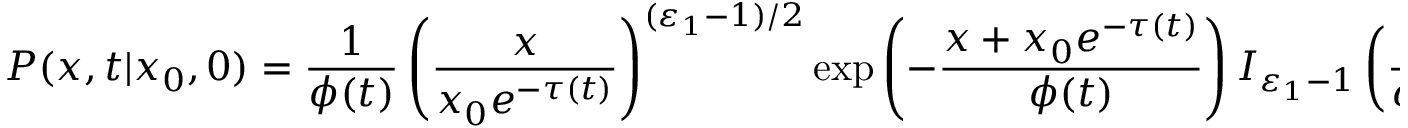
P ( x , t | x _ { 0 } , 0 ) = \frac { 1 } { \phi ( t ) } \left( \frac { x } { x _ { 0 } e ^ { - \tau ( t ) } } \right) ^ { ( \varepsilon _ { 1 } - 1 ) / 2 } \exp \left( - \frac { x + x _ { 0 } e ^ { - \tau ( t ) } } { \phi ( t ) } \right) I _ { \varepsilon _ { 1 } - 1 } \left( \frac { 2 } { \phi ( t ) } \sqrt { x x _ { 0 } e ^ { - \tau ( t ) } } \right) .